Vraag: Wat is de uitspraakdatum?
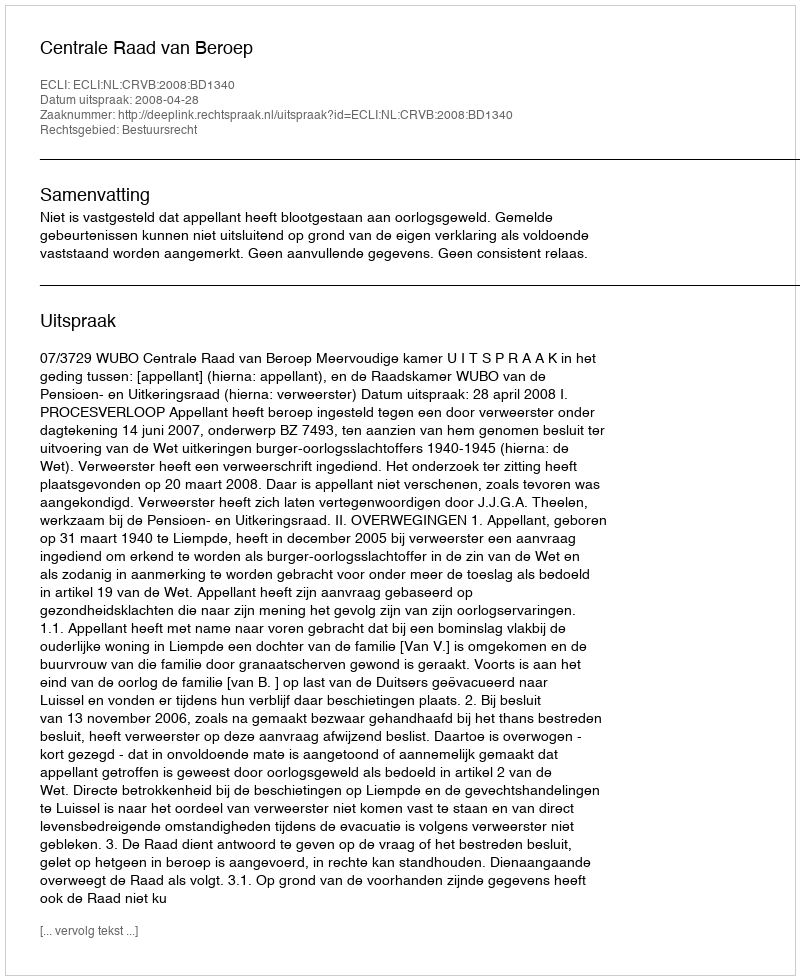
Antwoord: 2008-04-28